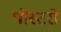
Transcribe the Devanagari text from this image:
पोस्टरो